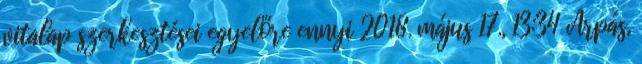
vitalap szerkesztései egyelőre ennyi 2018. május 17., 13:34 ‎Árpás,